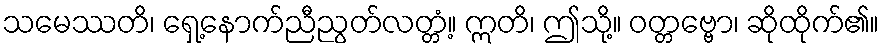
သမေဿတိ၊ ရှေ့နောက်ညီညွတ်လတ္တံ့။ ဣတိ၊ ဤသို့။ ဝတ္တဗ္ဗော၊ ဆိုထိုက်၏။